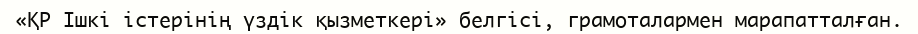
«ҚР Ішкі істерінің үздік қызметкері» белгісі, грамоталармен марапатталған.